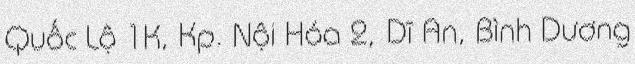
Quốc Lộ 1K, Kp. Nội Hóa 2, Dĩ An, Bình Dương